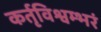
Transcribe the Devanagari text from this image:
कर्तृविश्वम्भरं